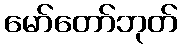
မော်တော်ဘုတ်